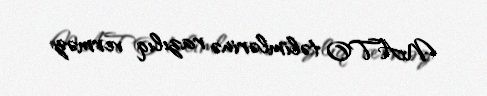
NATO təlimlərinə razılıq verməz.